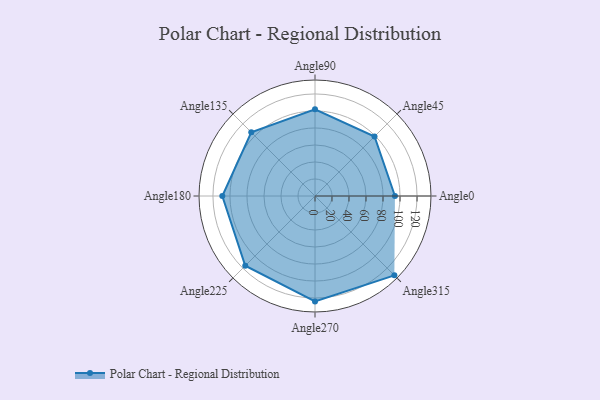
{"axis": {"x": "Angle", "y": "Radius"}, "legend": [""], "data": [{"x": "Angle0", "y": 94.0, "type": ""}, {"x": "Angle45", "y": 99.0, "type": ""}, {"x": "Angle90", "y": 102.0, "type": ""}, {"x": "Angle135", "y": 106.0, "type": ""}, {"x": "Angle180", "y": 109.0, "type": ""}, {"x": "Angle225", "y": 116.0, "type": ""}, {"x": "Angle270", "y": 124.0, "type": ""}, {"x": "Angle315", "y": 132.0, "type": ""}]}